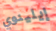
إيلينوي